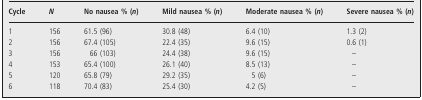
<table><thead><tr><td><b>Cycle</b></td><td><b><i>N</i></b></td><td><b>No nausea % (<i>n</i>)</b></td><td><b>Mild nausea % (<i>n</i>)</b></td><td><b>Moderate nausea % (<i>n</i>)</b></td><td><b>Severe nausea % (<i>n</i>)</b></td></tr></thead><tbody><tr><td>1</td><td>156</td><td>61.5 (96)</td><td>30.8 (48)</td><td>6.4 (10)</td><td>1.3 (2)</td></tr><tr><td>2</td><td>156</td><td>67.4 (105)</td><td>22.4 (35)</td><td>9.6 (15)</td><td>0.6 (1)</td></tr><tr><td>3</td><td>156</td><td>66 (103)</td><td>24.4 (38)</td><td>9.6 (15)</td><td>–</td></tr><tr><td>4</td><td>153</td><td>65.4 (100)</td><td>26.1 (40)</td><td>8.5 (13)</td><td>–</td></tr><tr><td>5</td><td>120</td><td>65.8 (79)</td><td>29.2 (35)</td><td>5 (6)</td><td>–</td></tr><tr><td>6</td><td>118</td><td>70.4 (83)</td><td>25.4 (30)</td><td>4.2 (5)</td><td>–</td></tr></tbody></table>